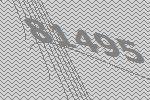
81495